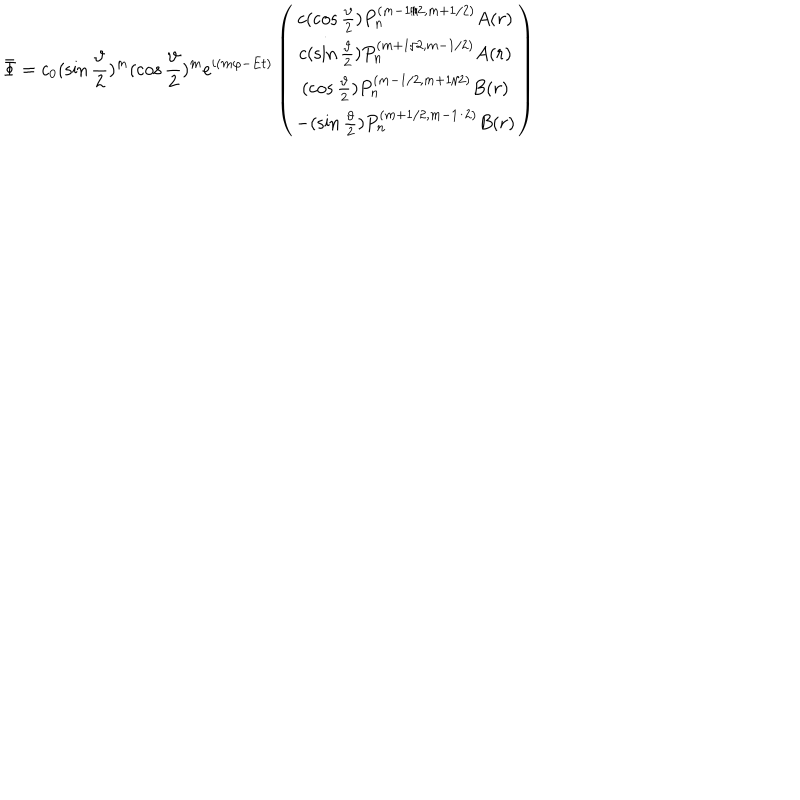
\bar { \Phi } = c _ { 0 } ( \sin \frac \vartheta 2 ) ^ { m } ( \cos \frac \vartheta 2 ) ^ { m } e ^ { i ( m \varphi - E t ) } \left( \begin{array} { c } { { c ( \cos \frac \vartheta 2 ) P _ { n } ^ { ( m - 1 / 2 , m + 1 / 2 ) } A ( r ) } } \\ { { c ( \sin \frac \vartheta 2 ) P _ { n } ^ { ( m + 1 / 2 , m - 1 / 2 ) } A ( r ) } } \\ { { ( \cos \frac \vartheta 2 ) P _ { n } ^ { ( m - 1 / 2 , m + 1 / 2 ) } B ( r ) } } \\ { { - ( \sin \frac \vartheta 2 ) P _ { n } ^ { ( m + 1 / 2 , m - 1 / 2 ) } B ( r ) } } \\ \end{array} \right)